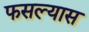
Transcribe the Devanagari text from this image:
फसल्यास